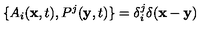
\{ A _ { i } ( { \bf x } , t ) , P ^ { j } ( { \bf y } , t ) \} = \delta _ { i } ^ { j } \delta ( { \bf x } - { \bf y } )